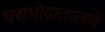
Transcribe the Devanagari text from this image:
घराभोवातालचे